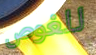
للغوص